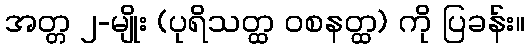
အတ္တ ၂-မျိုး (ပုရိသတ္ထ ဝစနတ္ထ) ကို ပြခန်း။